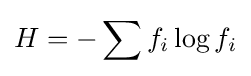
H=-\sum f_{i}\log f_{i}